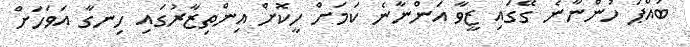
ބައްޕަ ހުންނާނެ ގޭގައި ޒީވާ އަންނާނެ ކަމަށް ހީކޮށް އިންތިޒާރުގައި ހިނގާ އަވަހަށް